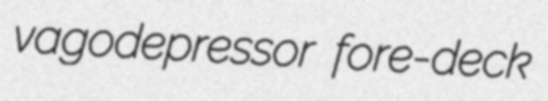
vagodepressor fore-deck